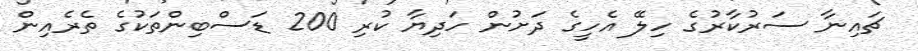
ޗައިނާ ސަރުކާރުގެ ހިލޭ އެހީގެ ދަށުން ހަދިޔާ ކުރި 200 ޑަސްބިންތަކުގެ ތެރެއިން